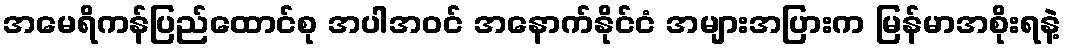
အမေရိကန်ပြည်ထောင်စု အပါအဝင် အနောက်နိုင်ငံ အများအပြားက မြန်မာအစိုးရနဲ့